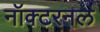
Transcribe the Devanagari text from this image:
नॉक्टरनल